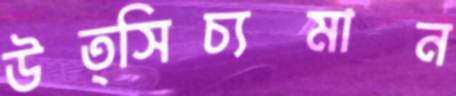
উত্সিচ্যমান